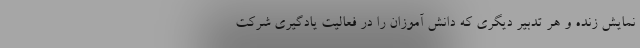
نمایش زنده و هر تدبیر دیگری که دانش آموزان را در فعالیت یادگیری شرکت